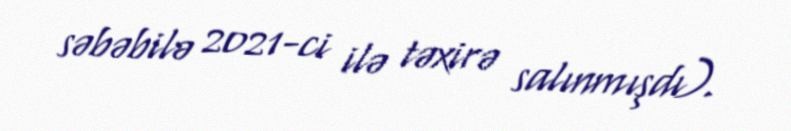
səbəbilə 2021-ci ilə təxirə salınmışdı).